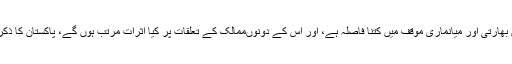
قطع نظر اس کے کہ اس معاملے میں بھارتی اور میانماری موقف میں کتنا فاصلہ ہے، اور اس کے دونوںممالک کے تعلقات پر کیا اثرات مرتب ہوں گے، پاکستان کا ذکر سو فیصد بے موقع اور بے محل تھا۔